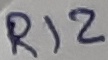
Text: R12